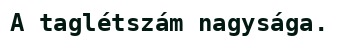
A taglétszám nagysága.